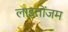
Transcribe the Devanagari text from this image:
लाइतोंजम